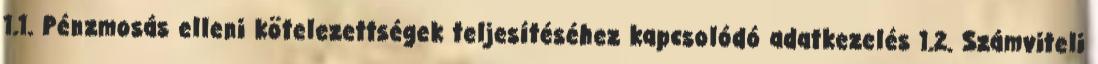
1.1. Pénzmosás elleni kötelezettségek teljesítéséhez kapcsolódó adatkezelés 1.2. Számviteli